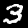
Label: 3